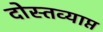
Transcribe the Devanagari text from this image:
दोस्तव्याप्त